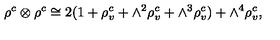
\rho ^ { c } \otimes \rho ^ { c } \cong 2 ( 1 + \rho _ { v } ^ { c } + \wedge ^ { 2 } \rho _ { v } ^ { c } + \wedge ^ { 3 } \rho _ { v } ^ { c } ) + \wedge ^ { 4 } \rho _ { v } ^ { c } ,